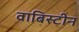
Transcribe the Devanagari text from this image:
वाबिस्टीन